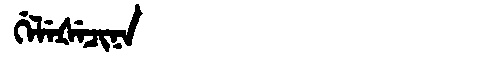
Manchu: ᡤᡝᠯᡝᡧᡝᠴᡳᠨᠠ
Romanization: GELEŠECINA